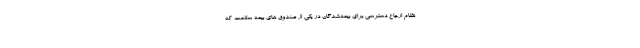
نظام ارجاع دسترسی برای بیمه‌شدگان در یکی از صندوق های بیمه سلامت که